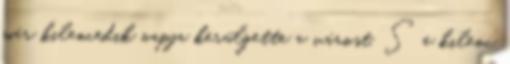
már kilencedik napja kerülgette a várost. S e kilenc